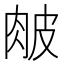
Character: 𦚆